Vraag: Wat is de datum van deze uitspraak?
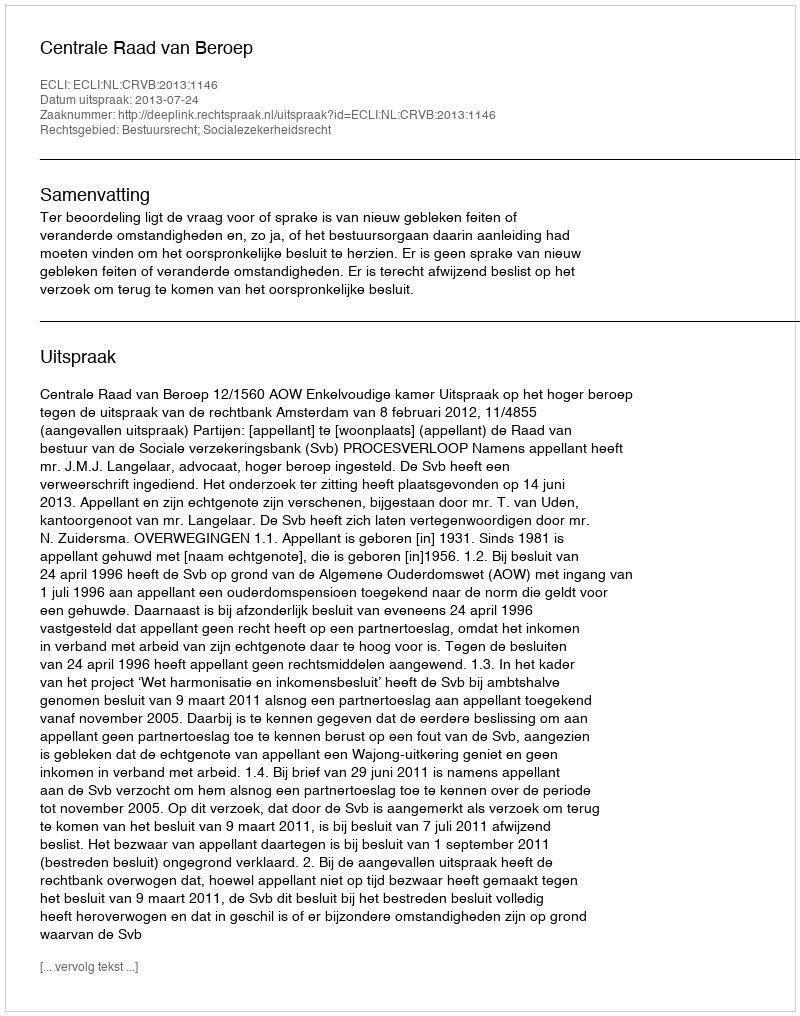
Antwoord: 2013-07-24